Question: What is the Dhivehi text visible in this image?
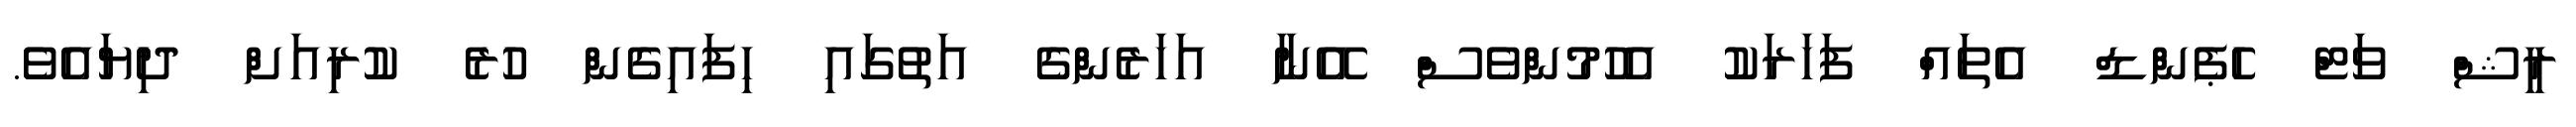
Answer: ރީޝް ވަޓް ހެޕެންޑް އެތައް ފަހަރަކު އެހުމުންވެސް އޭނާ އަހަރެންގެ އަތުގައި ހިފައިގެން ހުރެ ކުރިއަށް ދިޔައެވެ.